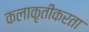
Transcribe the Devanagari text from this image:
कलाकृतींकरता